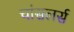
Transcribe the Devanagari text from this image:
चांसलर्स